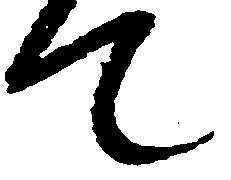
て